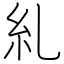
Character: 糺